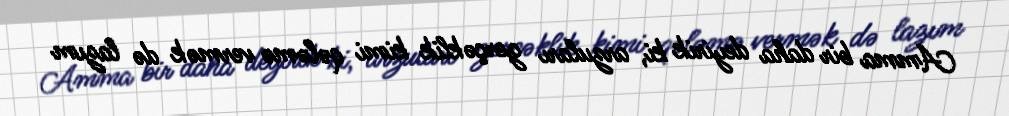
Amma bir daha deyirik ki, arzuları gerçəklik kimi qələmə vermək də lazım